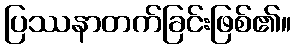
ပြဿနာတက်ခြင်းဖြစ်၏။